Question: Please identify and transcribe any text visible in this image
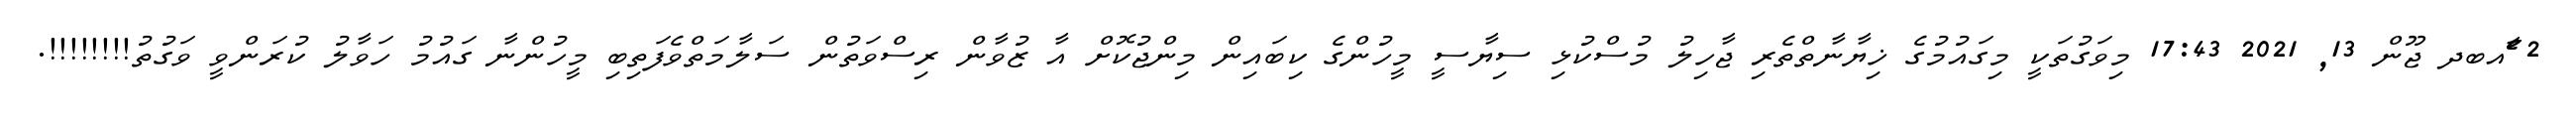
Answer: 2 ާަެެައބދ ޖޫން 13, 2021 17:43 މިވަގުތަކީ މިގައުމުގެ ޚިޔާނާތްތެރި ޖާހިލު މުސްކުޅި ސިޔާސީ މީހުންގެ ކިބައިން މިންޖުކޮށް އާ ޒުވާން ރިސްވަތުން ސަލާމަތްވެފަތިބި މީހުންނާ ގައުމު ހަވާލު ކުރަންވީ ވަގުތު!!!!!!!!.